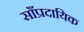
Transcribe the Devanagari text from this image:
साँप्रदायिक